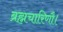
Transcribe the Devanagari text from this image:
ब्रह्मचारिणौ।